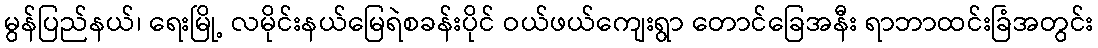
မွန်ပြည်နယ်၊ ရေးမြို့ လမိုင်းနယ်မြေရဲစခန်းပိုင် ဝယ်ဖယ်ကျေးရွာ တောင်ခြေအနီး ရာဘာထင်းခြံအတွင်း